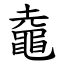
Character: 鼀